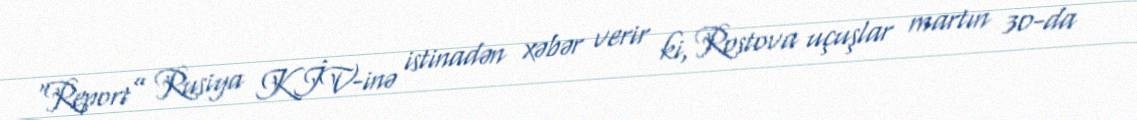
“Report” Rusiya KİV-inə istinadən xəbər verir ki, Rostova uçuşlar martın 30-da